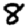
Digit: 8